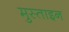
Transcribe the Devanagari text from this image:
मुस्ताइन